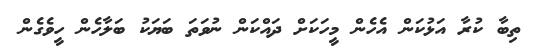
ތިބާ ކުރާ އަޅުކަން އެހެން މީހަކަށް ދައްކަން ނުވަތަ ބަޔަކު ބަލާހެން ހީވެގެން